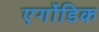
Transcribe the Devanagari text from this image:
एर्गोडिक